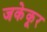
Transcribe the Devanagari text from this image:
जकेकूर